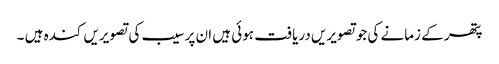
پتھر کے زمانے کی جوتصویریں دریافت ہوئی ہیں ان پر سیب کی تصویریں کندہ ہیں ۔